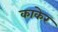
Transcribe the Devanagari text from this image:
काकेर